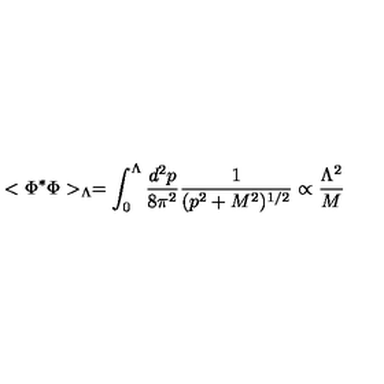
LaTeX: < \Phi ^ { * } \Phi > _ { \Lambda } = \int _ { 0 } ^ { \Lambda } { \frac { d ^ { 2 } p } { 8 \pi ^ { 2 } } } { \frac { 1 } { ( p ^ { 2 } + M ^ { 2 } ) ^ { 1 / 2 } } } \propto { \frac { \Lambda ^ { 2 } } { M } }